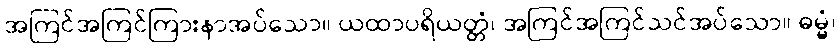
အကြင်အကြင်ကြားနာအပ်သော။ ယထာပရိယတ္တံ၊ အကြင်အကြင်သင်အပ်သော။ ဓမ္မံ၊